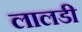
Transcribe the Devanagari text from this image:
लालडी